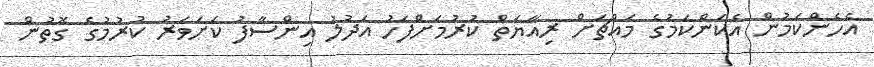
އެހެންކަމުން އެކަންކަމުގެ މައްޗަށް ރިއާޔަތް ކުރުމަށްފަހު އަދުލު އިންސާފު ކަށަވަރު ކުރުމުގެ ގޮތުން